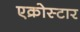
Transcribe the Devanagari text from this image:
एक्रोस्टार